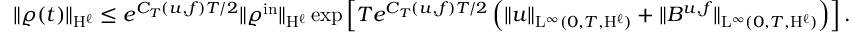
\begin{array} { r } { \Vert \varrho ( t ) \Vert _ { \mathrm { H } ^ { \ell } } \leq e ^ { C _ { T } ( u , f ) T / 2 } \Vert \varrho ^ { \mathrm { i n } } \Vert _ { \mathrm { H } ^ { \ell } } \exp \left[ T e ^ { C _ { T } ( u , f ) T / 2 } \left( \Vert u \Vert _ { \mathrm { L } ^ { \infty } ( 0 , T , \mathrm { H } ^ { \ell } ) } + \Vert B ^ { u , f } \Vert _ { \mathrm { L } ^ { \infty } ( 0 , T , \mathrm { H } ^ { \ell } ) } \right) \right] . } \end{array}